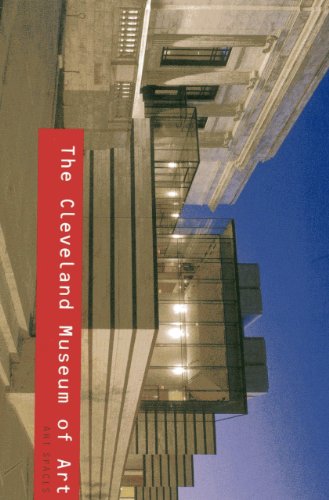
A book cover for Cleveland Museum of Art: Art Spaces; Gregory M. Donley; Travel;